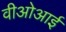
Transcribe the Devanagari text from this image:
वीओआई